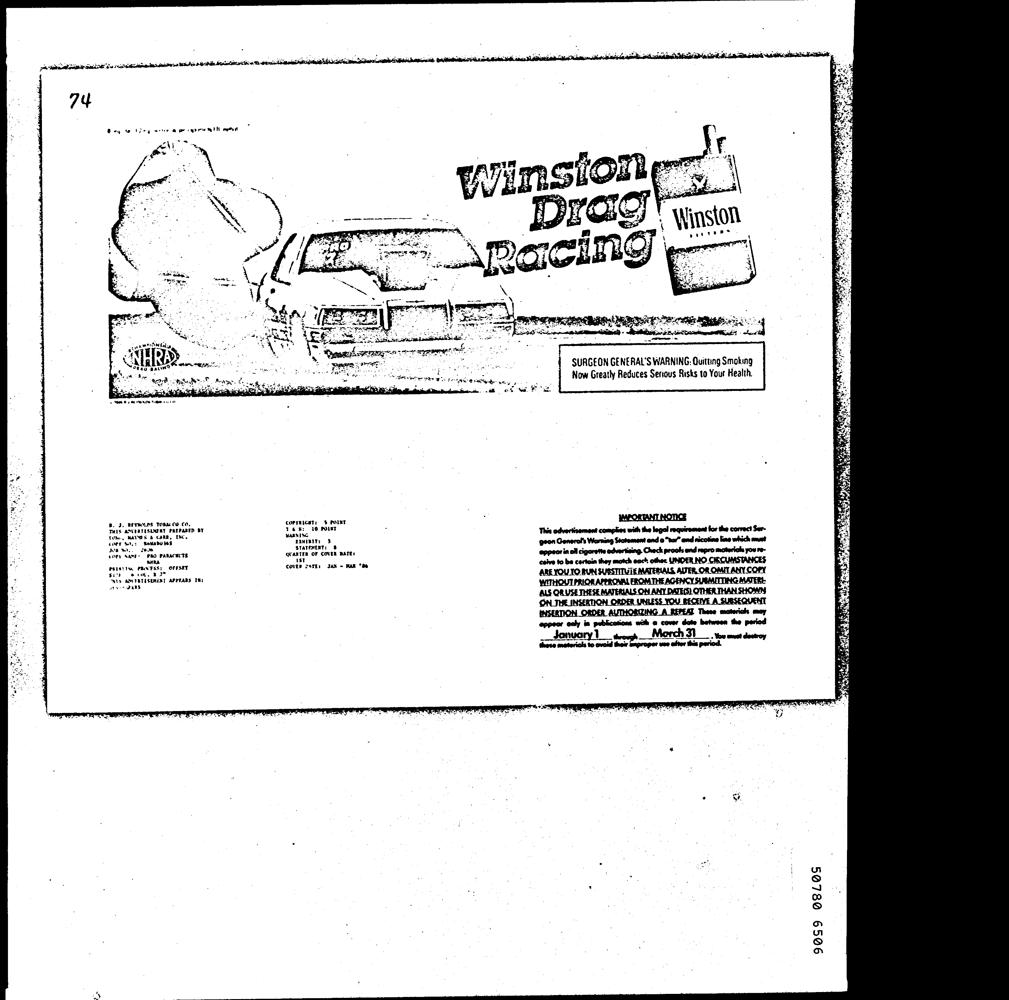
q - . ‘WaT Ss
 th ee ee Tg sea ssn = {SURGEON GENERAL'S WARNING:Quitng Smoking
 nS ‘ Settee tea to laces eee Now Greatly Reduces Serious Risks to Your Health.
 Bot we. Bg
 JAPORTANT NOTICE
 s. 3. arTLns TOBA CO CO, COPYRIGHT: % POINT
 4 Pe fuaes a can, tse wasn . This odvertisement complies with the legal requireaent for the corvect Sur-
 (are Nnee ReMAbnes ts goon Generol’s Warning Stotement and 0 “tar” ond nicotine line which must
 3 CDPU NAMES PRO PARACHUTE QUARTER OF COVER BATE: eppenr in oll cigarette advertising. Check proots end repro materials you re-
 pais is, Pachsts OFFSET covte SerEs Jax — RAR 86 ceive to be certoin they match each other UNDER NO CICUMSTANCES
 a anratiiena APvEARS I: ARE YOU TO RUN SUSSTITUTE MATERIALS, AUER OR OMIT ANY COPY
 Dens WITHOUT PRIOR APPROWAL FROM THE AGENCY SUGMITTING MATER:
 : . SE MATERIALS ON ANY DATE(S) OTHER THAN SHOWN,
 q : : INSERTION ORDER AUTHORIZING A REPEAT These materials moy
 3 eppeor only in Tae with a cover date between the period
 3 : January 1 —_ Merch 3) se must desnoy
 : ici metro wld bs per te hptod
 9059 O8L@S